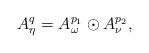
LaTeX: \begin{align*}A_{\eta}^{q}=A_{\omega}^{p_{1}}\odot A_{\nu}^{p_{2}},\end{align*}